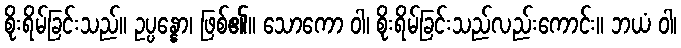
စိုးရိမ်ခြင်းသည်။ ဥပ္ပန္နော၊ ဖြစ်၏။ သောကော ဝါ၊ စိုးရိမ်ခြင်းသည်လည်းကောင်း။ ဘယံ ဝါ၊